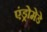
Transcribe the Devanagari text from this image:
एंड्रोमेडे